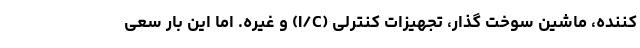
کننده، ماشین سوخت گذار، تجهیزات کنترلی (I/C) و غیره. اما این بار سعی